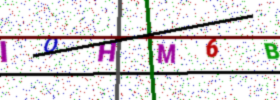
Text: IQHM6B